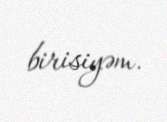
birisiyəm.